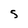
Character: S